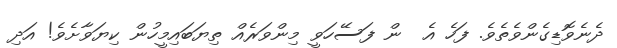
ދެނެވޮޑިގެންވެތެވެ. ފަހެ އެ  ން ފަސޭހަވީ މިންވަރެއް ތިޔަބައިމީހުން ކިޔަވާށެވެ! އަދި